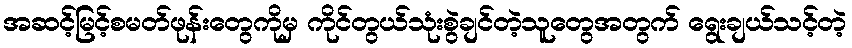
အဆင့်မြင့်စမတ်ဖုန်းတွေကိုမှ ကိုင်တွယ်သုံးစွဲချင်တဲ့သူတွေအတွက် ရွေးချယ်သင့်တဲ့